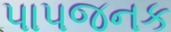
પાપજનક